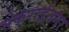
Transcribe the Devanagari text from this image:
भेकराईनगर